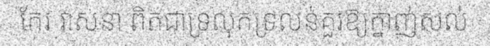
កែវ វាសនា ពិតជាទ្រលុកទ្រលន់គួរឱ្យក្នាញ់សល់